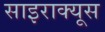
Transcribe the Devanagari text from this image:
साइराक्यूस